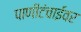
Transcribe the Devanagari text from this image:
पाणीटंचाईवर